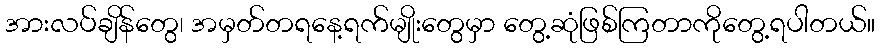
အားလပ်ချိန်တွေ၊ အမှတ်တရနေ့ရက်မျိုးတွေမှာ တွေ့ဆုံဖြစ်ကြတာကိုတွေ့ရပါတယ်။